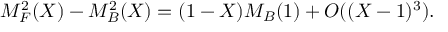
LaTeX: M _ { F } ^ { 2 } ( X ) - M _ { B } ^ { 2 } ( X ) = ( 1 - X ) M _ { B } ( 1 ) + O ( ( X - 1 ) ^ { 3 } ) .